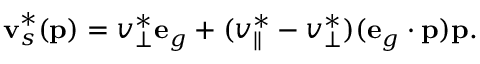
\mathbf { v } _ { s } ^ { * } ( \mathbf { p } ) = v _ { \bot } ^ { * } \mathbf { e } _ { g } + ( v _ { \parallel } ^ { * } - v _ { \bot } ^ { * } ) ( \mathbf { e } _ { g } \cdot \mathbf { p } ) \mathbf { p } .